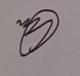
Signature authenticity: genuine